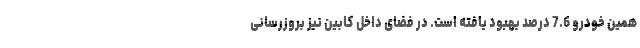
همین خودرو 7.6 درصد بهبود یافته است. در فضای داخل کابین نیز بروزرسانی